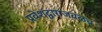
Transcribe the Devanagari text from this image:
प्रवेशद्वाराजवळच